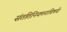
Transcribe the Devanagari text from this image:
संततिनियमनाविषयी